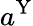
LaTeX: a^{\mathrm{Y}}